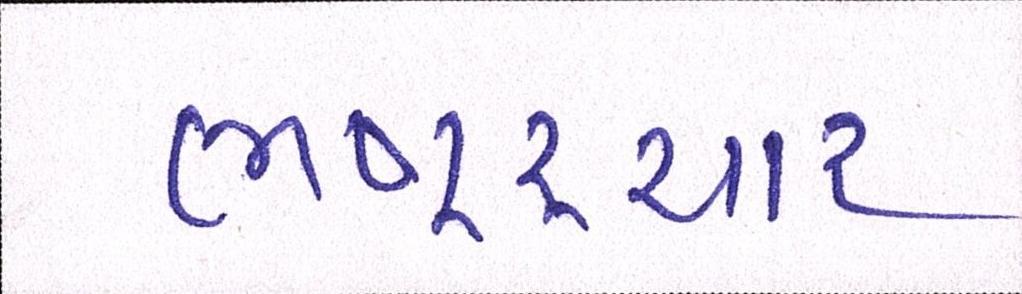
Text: ભષ્ટ્ર્ચાર